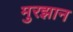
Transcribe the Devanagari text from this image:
मुरझान